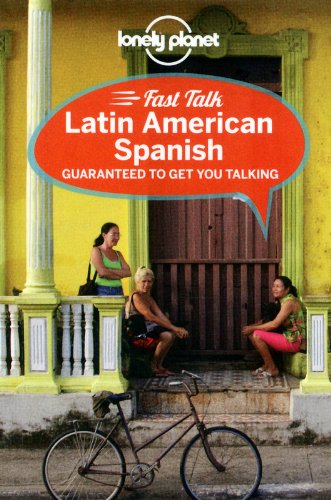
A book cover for Lonely Planet Fast Talk Latin American Spanish (Phrasebook); Lonely Planet; Travel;